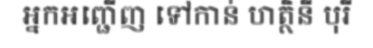
អ្នកអញ្ជើញ ទៅកាន់ ហត្ថិនី បុរី